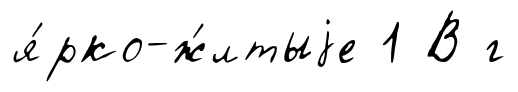
я́рко-ж́лтыjе 1 В г